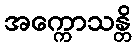
အက္ကောသန္တိ